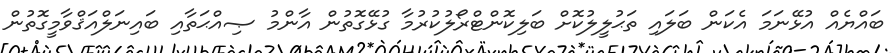
ބައްޔެއް އުޅޭނަމަ އެކަން ބަލައި ތަޙުލީލުކޮށް ބަލިކޮންޓްރޯލުކުރުމާ ގުޅޭގޮތުން އާންމު ޞިއްޙަތާއި ބައިނަލްއަޤްވާމީގޮތުން